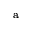
^ \mathrm { a }